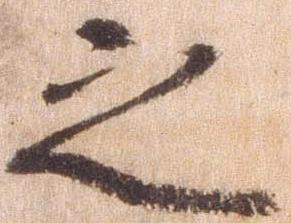
之